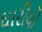
ઘારીયો